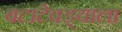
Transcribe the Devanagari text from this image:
बटाटेवड्याला